Observations on rabies - Number 36
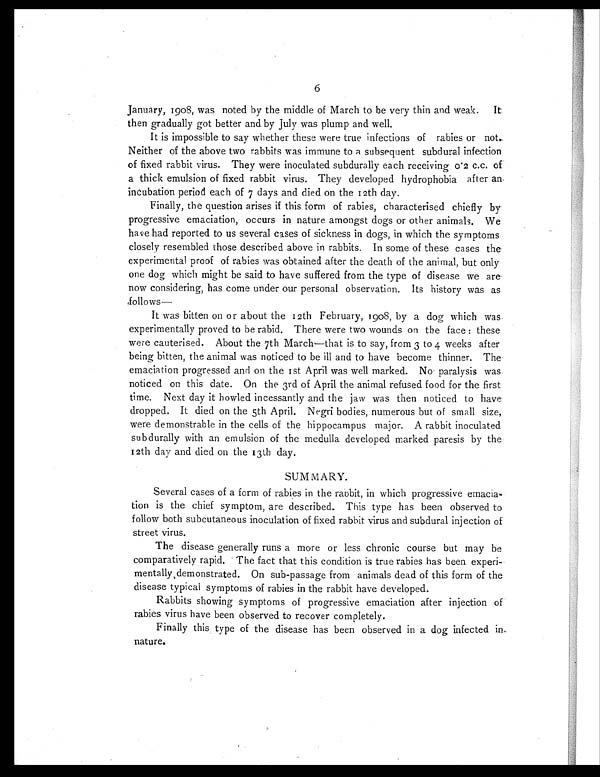
6
January, 1908, was noted by the middle of March to be very thin and weak. It
then gradually got better and by July was plump and well.
It is impossible to say whether these were true infections of rabies or not..
Neither of the above two rabbits was immune to a subsequent subdural infection
of fixed rabbit virus. They were inoculated subdurally each receiving 0.2 c.c. of
a thick emulsion of fixed rabbit virus. They developed hydrophobia after an
incubation period each of 7 days and died on the 12th day.
Finally, the question arises if this form of rabies, characterised chiefly by
progressive emaciation, occurs in nature amongst dogs or other animals. We
have had reported to us several cases of sickness in dogs, in which the symptoms
closely resembled those described above in rabbits. In some of these cases the
experimental proof of rabies was obtained after the death of the animal, but only
one dog which might be said to have suffered from the type of disease we are
now considering, has come under our personal observation. Its history was as
follows—
It was bitten on or about the 12th February, 1908, by a dog which was
experimentally proved to be rabid. There were two wounds on the face: these
were cauterised. About the 7th March—that is to say, from 3 to 4 weeks after
being bitten, the animal was noticed to be ill and to have become thinner. The
emaciation progressed and on the 1st April was well marked. No paralysis was
noticed on this date. On the 3rd of April the animal refused food for the first
time. Next day it howled incessantly and the jaw was then noticed to have
dropped. It died on the 5th April. Negri bodies, numerous but of small size,
were demonstrable in the cells of the hippocampus major. A rabbit inoculated
subdurally with an emulsion of the medulla developed marked paresis by the
12th day and died on the 13th day.
SUMMARY.
Several cases of a form of rabies in the rabbit, in which progressive emacia-
tion is the chief symptom, are described. This type has been observed to
follow both subcutaneous inoculation of fixed rabbit virus and subdural injection of
street virus.
The disease generally runs a more or less chronic course but may be
comparatively rapid. The fact that this condition is true rabies has been experi-
mentally demonstrated. On sub-passage from animals dead of this form of the
disease typical symptoms of rabies in the rabbit have developed.
Rabbits showing symptoms of progressive emaciation after injection of
rabies virus have been observed to recover completely.
Finally this type of the disease has been observed in a dog infected in
nature.